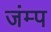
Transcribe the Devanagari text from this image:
जंम्प